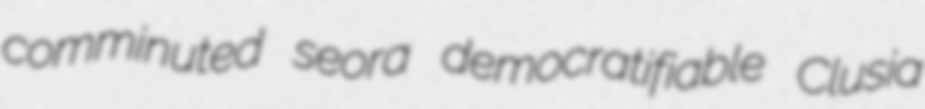
comminuted seora democratifiable Clusia